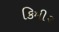
કિમી૨